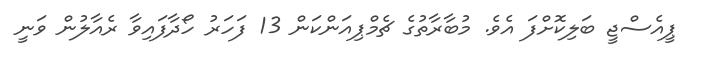
ޕީއެސްޖީ ބަލިކޮށްފަ އެވެ. މުބާރާތުގެ ޗެމްޕިއަންކަން 13 ފަހަރު ހޯދާފައިވާ ރެއާލުން ވަނީ